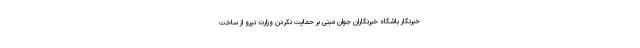
خبرنگار باشگاه خبرنگاران جوان مبنی بر حمایت نکردن وزارت نیرو از ساخت